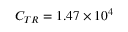
C _ { T R } = 1 . 4 7 \times 1 0 ^ { 4 }